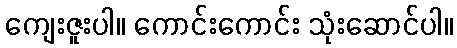
ကျေးဇူးပါ။ ကောင်းကောင်း သုံးဆောင်ပါ။